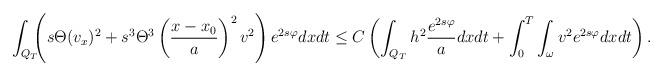
LaTeX: \begin{align*}\begin{aligned}&\int_{Q_T} \!\!\!\left(s\Theta (v_x)^2 + s^3 \Theta^3\left(\frac{x-x_0}{a} \right)^2v^2\right)e^{2s\varphi}dxdt\le C\left(\int_{Q_T} h^{2}\frac{e^{2s\varphi}}{a}dxdt +\int_0^T \int_\omega v^2e^{2s\varphi}dxdt\right).\end{aligned}\end{align*}